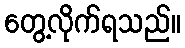
တွေ့လိုက်ရသည်။